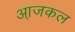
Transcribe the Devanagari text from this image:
आ़जकल